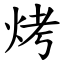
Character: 烤